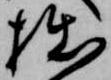
拙